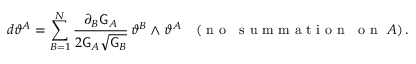
d \vartheta ^ { A } = \sum _ { B = 1 } ^ { N } \frac { \partial _ { B } \mathsf { G } _ { A } } { 2 \mathsf { G } _ { A } \sqrt { \mathsf { G } _ { B } } } \, \vartheta ^ { B } \wedge \vartheta ^ { A } \quad ( \mathrm { ~ n ~ o ~ ~ ~ s ~ u ~ m ~ m ~ a ~ t ~ i ~ o ~ n ~ ~ ~ o ~ n ~ } ~ A ) \, .